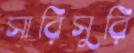
সারিসুরি